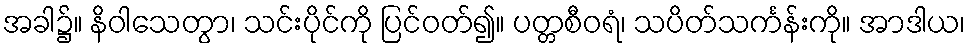
အခါ၌။ နိဝါသေတွာ၊ သင်းပိုင်ကို ပြင်ဝတ်၍။ ပတ္တစီဝရံ၊ သပိတ်သင်္ကန်းကို။ အာဒါယ၊